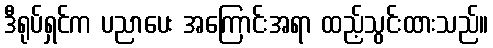
ဒီရုပ်ရှင်က ပညာပေး အကြောင်းအရာ ထည့်သွင်းထားသည်။